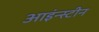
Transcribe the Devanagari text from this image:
आइंन्स्टीन